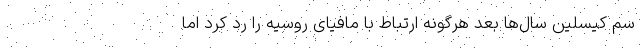
سم کیسلین سال‌ها بعد هرگونه ارتباط با مافیای روسیه را رد کرد اما